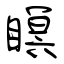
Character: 瞑